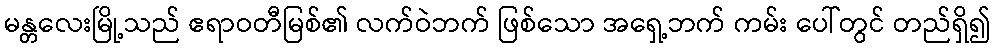
မန္တလေးမြို့သည် ဧရာဝတီမြစ်၏ လက်ဝဲဘက် ဖြစ်သော အရှေ့ဘက် ကမ်း ပေါ်တွင် တည်ရှိ၍